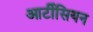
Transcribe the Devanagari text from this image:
आर्टीसियन